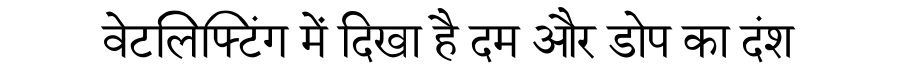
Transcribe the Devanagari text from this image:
वेटलिफ्टिंग में दिखा है दम और डोप का दंश